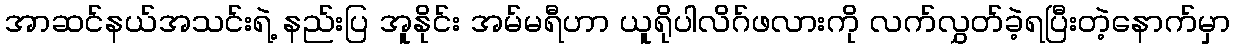
အာဆင်နယ်အသင်းရဲ့ နည်းပြ အူနိုင်း အမ်မရီဟာ ယူရိုပါလိဂ်ဖလားကို လက်လွှတ်ခဲ့ရပြီးတဲ့နောက်မှာ